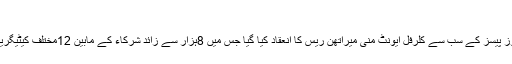
منی میراتھن ریس
چیمپیئن شپ کے ساتویں روز پیسز کے سب سے کلرفل ایونٹ منی میراتھن ریس کا انعقاد کیا گیا جس میں 8ہزار سے زائد شرکاء کے مابین 12مختلف کیٹیگریز میں دلچسپ مقابلے ہوئے۔